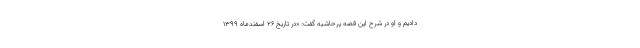
دادیم و او در شرح این قصه پرحاشیه گفت: «در تاریخ ۲۶ اسفندماه ۱۳۹۹